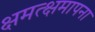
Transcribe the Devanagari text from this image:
क्षमत्क्षमापना